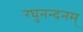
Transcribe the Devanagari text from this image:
रघुनन्दनम्‌